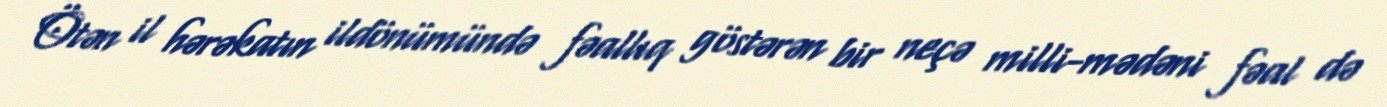
Ötən il hərəkatın ildönümündə fəallıq göstərən bir neçə milli-mədəni fəal də